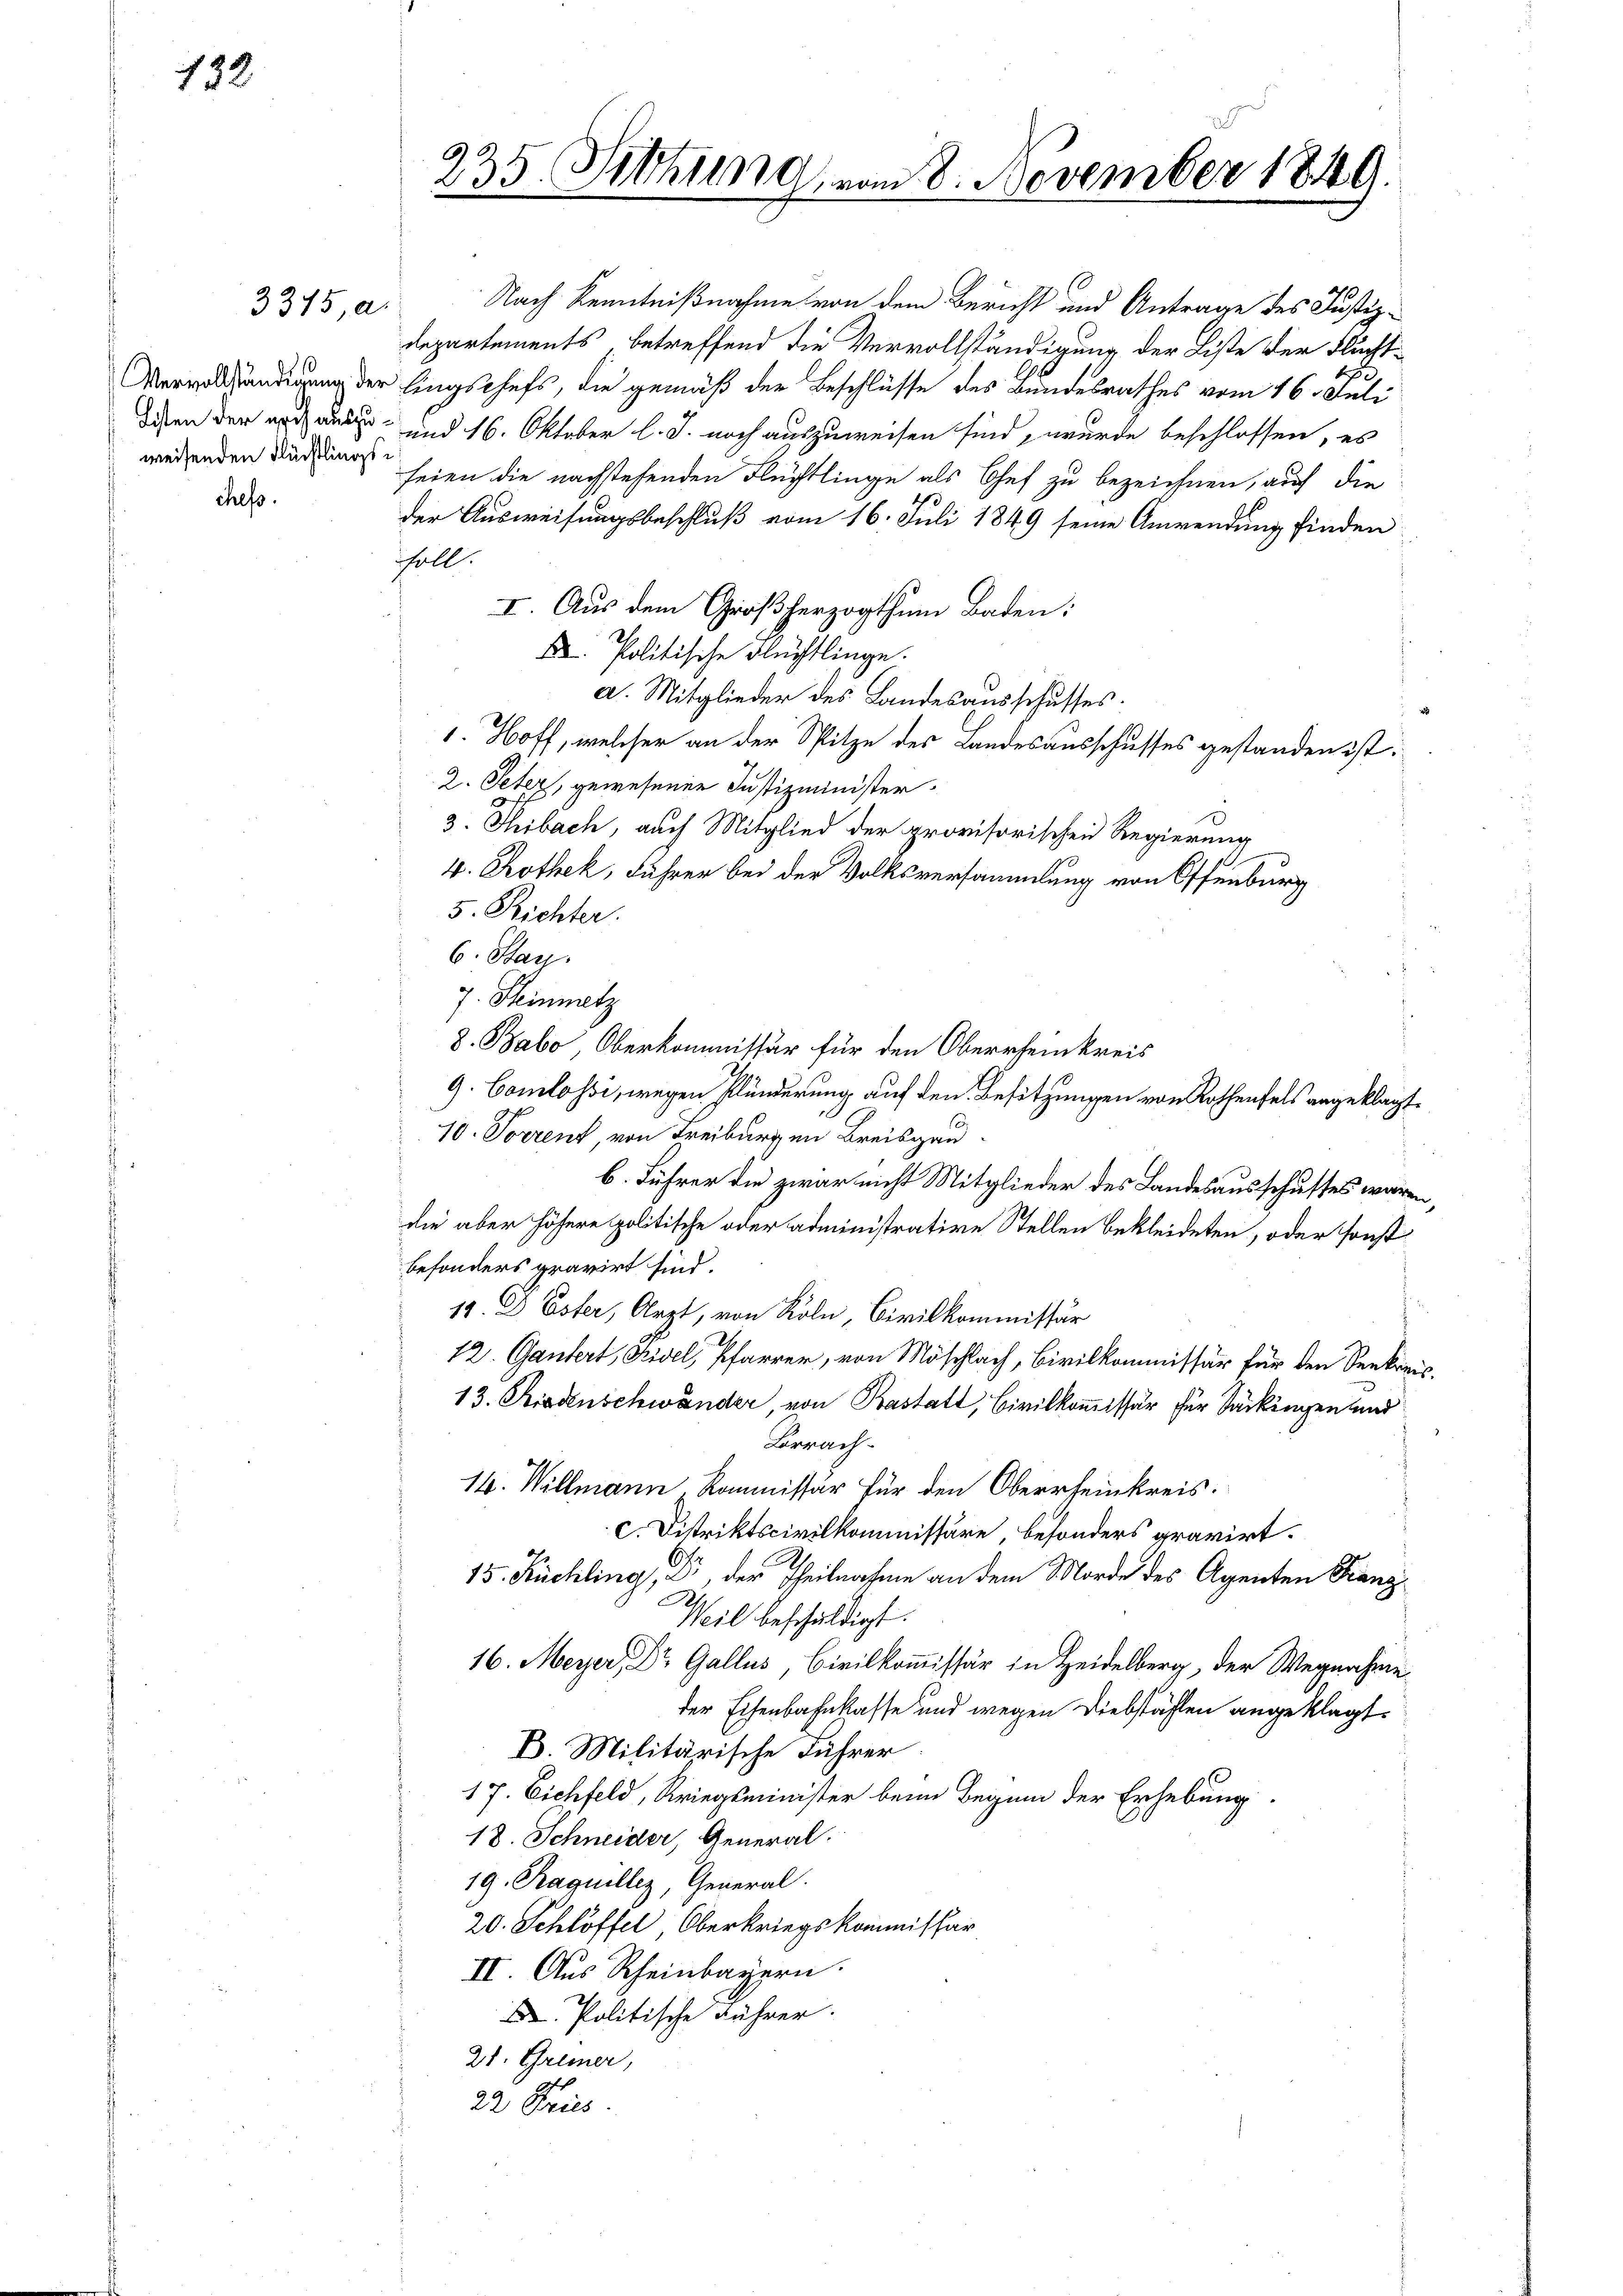
7

Vervollständigung d
weisenden Flüchtling

chefs.

3375, a.

235 Mithing, in

Nach Kenntnißnahme von dem Bericht und Antrage des Justiz-
departements, betreffend die Vervollständigung der Liste der Flucht¬
10
er lingschefs, die gemäß der Beschlüsse des Bundesrathes vom 16. Juli
deen der noch aus und 16. Oktober l. J. noch auszuweisen sind, wurde beschlossen, es
Se
seien die nachstehenden Flüchtlinge als Chef zu bezeichnen, auf die
der Ausweisungsbeschluß vom 16. Juli 1849 seine Anwendung finden
ssoll.
I. Aus dem Großherzogthum Baden;
X. Politische Flüchtlinge.
a. Mitglieder des Landesausschusses.
1. Hoff, welcher an der Spitze des Landesausschusses gestanden ist:
2. Peter, gewesenen Justizminister¬
3. Thibach, auch Mitglied der provisorischen Regierung
4. Rothek, Führer bei der Volksversammlung von Offenburg
5. Richter.
6. Stan
7. Sinnetz
8. Babo Oberkommissär für den Oberrheinkreis
9. Comlossi, wegen Plünderung auf den Besitzungen von Rothenfels angeklagt.
10. Forrent, von Freiburgen Breisgau
b. Führer die zwar nicht Mitglieder des Landesausschusses waren,
die aber höhere politische oder administrative Stellen bekleideten, oder sonst
besonders gravirt sind.
19. D Ester, Arzt, von Köln, Civilkommissär
12. Gantert, Kisel, Pfarrer, von Möschlach, Civilkommissär für den Seekreis¬
13. Riedenschwänder, von Bastatt, Civilkommissär für Säckungen und
Lörrach¬
14. Willmann Kommissär für den Oberrheinkreis.
c. Distriktscivilkommissäre, besonders gravirt.
15. Kuchling, Dir, der Theilnahme an dem Morde des Agenten Franz
Weil beschuldigt.
16. Meyer, Dr. Gallis, Civilkommissär in Heidelberg, der Wegnahme
der Eisenbahnkasse und wegen Diebstählen angeklagt.
B. Militärische Führer
17. Eichfeld, Kriegsminister beim Beginn der Erhebung.
18. Schneider, General.
19. Raguillez, General.
20. Schlöffel, Oberkriegskommissar
II. Aus Rheinbayern.
X Politische Führer.
21. Gremer,
22 Pries

n 8. November 184.